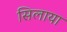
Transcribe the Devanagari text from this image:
सिलाया